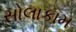
સોલાકામ